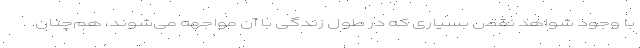
با وجود شواهد نقض بسیاری که در طول زندگی با آن مواجهه می‌شوند، هم‌چنان